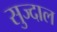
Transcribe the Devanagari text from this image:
सुज्दाल